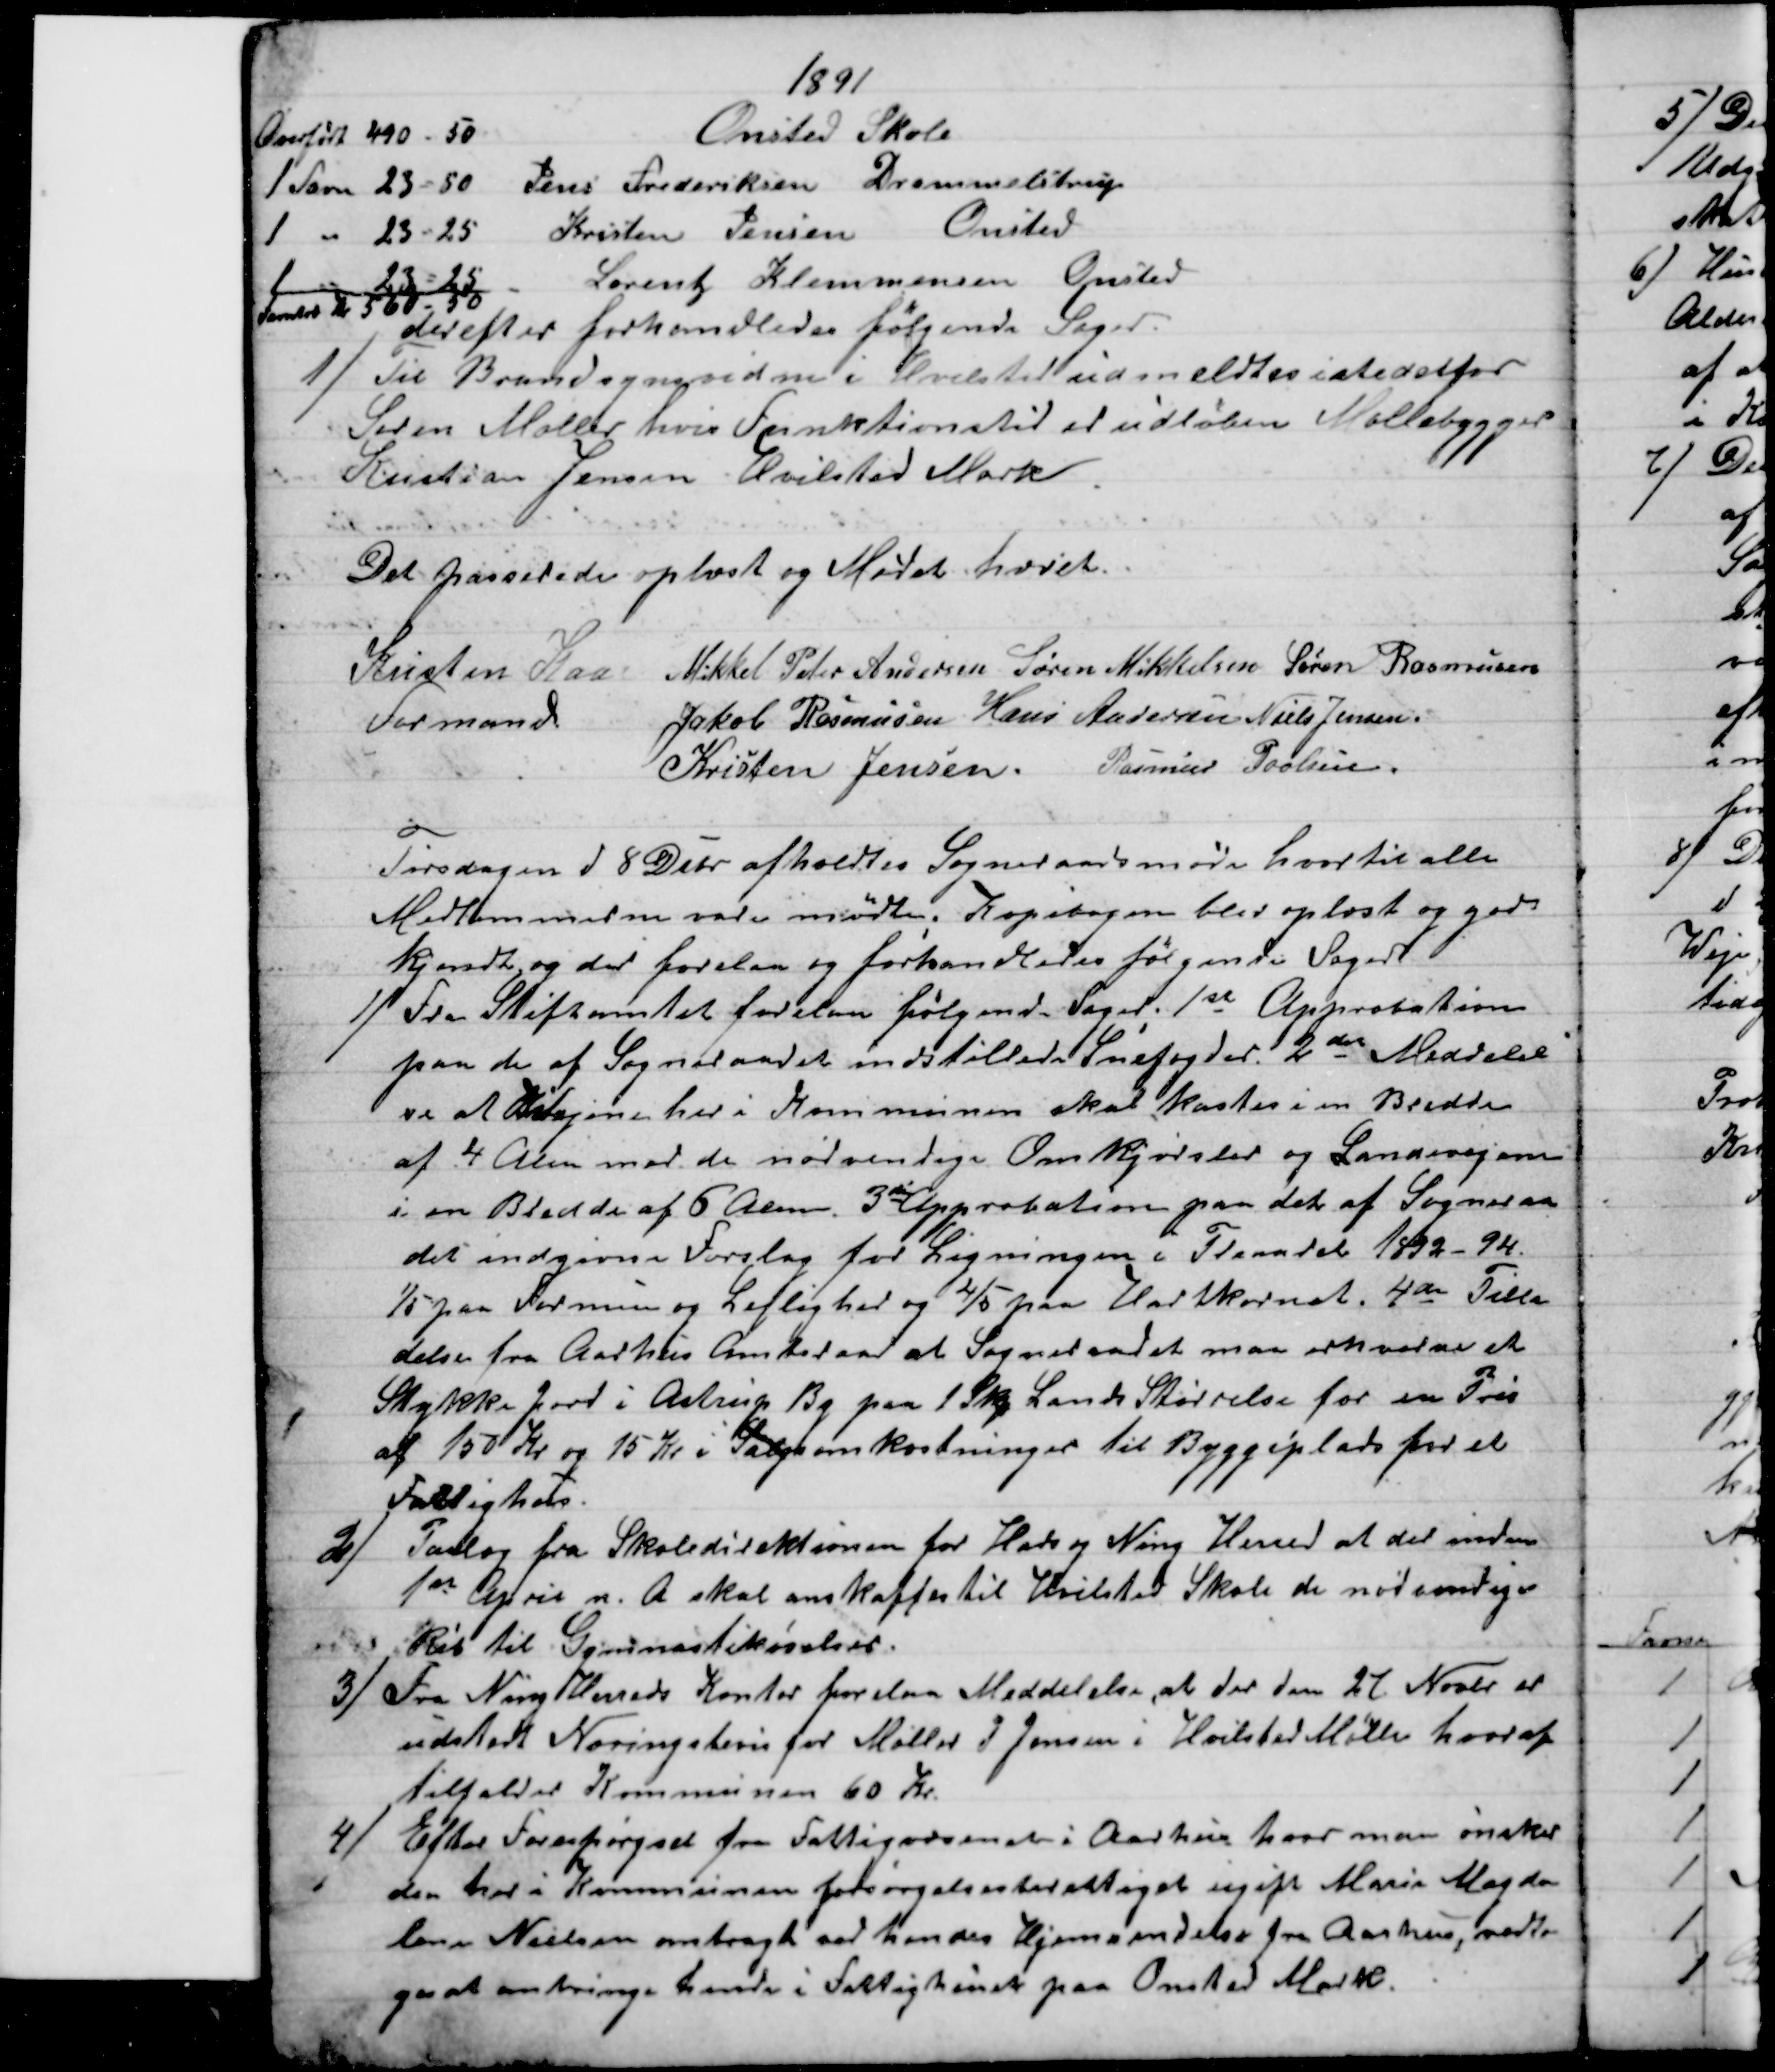
Transskription:
1891
Overført 490 - 50
Onsted Skole
1 Favn 23 = 50 Jens Frederiksen Drammelstrup
1 " 23 = 25 Kristen Jensen 
Onsted
1 " 23 = 25 Lorentz Klemmensen Onsted
Favntræ Kr 560 - 50
derefter forhandledes følgende Sager.
1) 
Til Brandsynsvidne i Hvilsted udmeldtes istedetfor
Søren Møller hvis Funktionstid er udløben Møllebygger
Kristian Jensen Hvilsted Mark
Det passerede oplæst og Mødet hævet.
Kristen Kaae
Formand
Mikkel Peter Andersen Søren Mikkelsen Søren Rasmussen
Jakob Rasmussen Hans Andersen Niels Jensen.
Kristen Jensen. Rasmus Povlsen
Tirsdagen d. 8 Debr afholdtes Sogneraadsmøde hvortil alle
Medlemmerne vare mødte, Kopibogen blev oplæst og god
kjendt og der forelaa og forhandledes følgende Sager
1) Fra Stiftamtet forelaa følgende Sager. 1st Approbation
paa de af Sogneraadet indstillede Snefogder. 2den Meddelel
se at Bivejene her i Kommunen skal kastes i en Bredde
af 4 Alen med de nødvendige Omkjørsler og Landevejen
i en Bredde af 6 Alen. 3die Approbation paa det af Sogneraa
det indgivne Forslag for Ligningen i Treaaret 1892-94.
1/5 paa Formue og Lejlighed og 4/5 paa Hartkornet. 4de Tilla
delse fra Aarhus Amtsraad at Sogneraadet maa erhverve et
Stykke Jord i Astrup By paa 1 Skp Lands Størrelse for en Pris
af 150 Kr og 15 Kr i Salgskomkostninger til Byggeplads for et
Fattighus.
2)
Forslag fra Skoledirektionen for Hads og Ning Herred at der inden
1st April n. A skal anskaffes til Hvilsted Skole de nødvendige
Ris til Gymnastikøvelser.
3) 
Fra Ning Herreds Kontor forelaa Meddelelse, at der den 27. Novbr. er
udstedt Næringsbevis for Møller P. Jensen i Hvilsted Mølle hvoraf
tilfalder Kommunen 60 Kr.
4) 
Efter Forespørgsel fra Fattigvæsenet i Aarhus hvor man ønsker
den her i Kommunen forsørgelsesberettiget ugift Marie Magda
lene Nielsen anbragt ved hendes Hjemsendelse fra Aarhus, vedto
ges at anbringe hende i Fattighuset paa Onsted Mark.